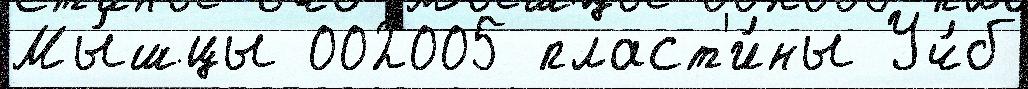
Мы́шцы 002005 пласт'и́ны Уч́б